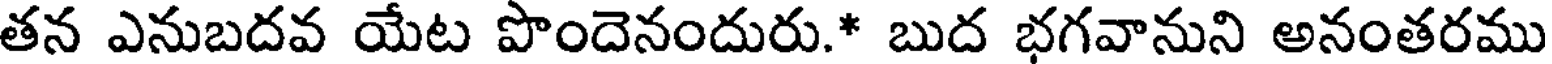
తన ఎనుబదవ యేట పొందెనందురు.* బుద భగవానుని అనంతరము